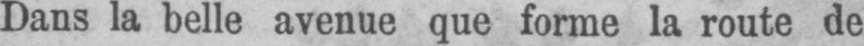
Dans la belle avenue que forme la route de